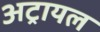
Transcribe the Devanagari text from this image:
अट्रायल